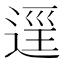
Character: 𨓷